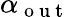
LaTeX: \alpha_{\mathrm{~o~u~t~}}